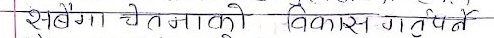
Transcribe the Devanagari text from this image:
सबैं चेतनाको विकास गतिपैने